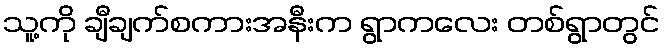
သူ့ကို ချီချက်စကားအနီးက ရွာကလေး တစ်ရွာတွင်